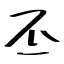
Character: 丕